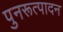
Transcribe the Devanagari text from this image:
पुनरूत्पादन